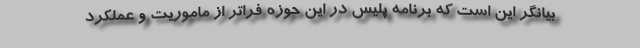
بیانگر این است که برنامه پلیس در این حوزه فراتر از ماموریت و عملکرد